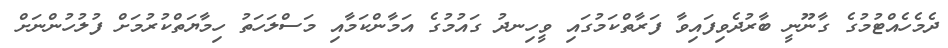
ދެމެހެއްޓުމުގެ ގާނޫނީ ބާރުދެވިފައިވާ ފަރާތްކަމުގައި ވީހިނދު ގައުމުގެ އަމާންކަމާއި މަސްލަހަތު ހިމާޔަތްކުރުމަށް ފުލުހުންނަށް